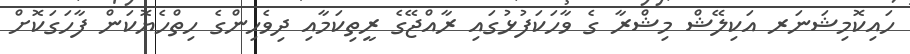
ހައިކޮމިޝަނަރ އަކިލޭޝް މިޝްރާ ގެ ވާހަކަފުޅުގައި ރާއްޖޭގެ ރީތިކަމާއި ދިވެހިންގެ ހިތްހެޔޮކަން ފާހަގަކޮށް